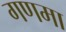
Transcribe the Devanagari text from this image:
गणमा